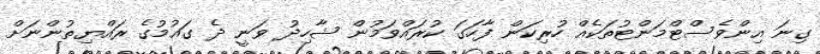
ގިނަ އިންވެސްޓްމަންޓުތަކެއް ހުރިކަން ފާހަގަ ކުރައްވަމުން ޝާހިދު ވަނީ ދެ ގައުމުގެ ރައްޔިތުންނަށް